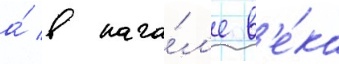
а́ в нача́л'е в'е́ка